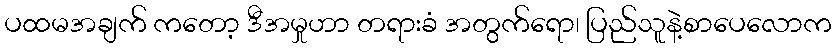
ပထမအချက် ကတော့ ဒီအမှုဟာ တရားခံ အတွက်ရော၊ ပြည်သူနဲ့စာပေလောက